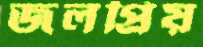
জলপ্রিয়